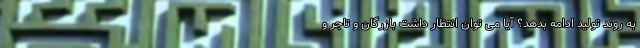
به روند تولید ادامه بدهد؟ آیا می توان انتظار داشت بازرگان و تاجر و